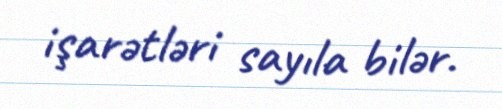
işarətləri sayıla bilər.